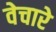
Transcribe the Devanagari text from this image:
वेचारे